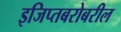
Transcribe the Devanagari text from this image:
इजिप्तबरोबरील